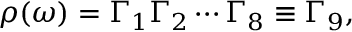
\rho ( \omega ) = \Gamma _ { 1 } \Gamma _ { 2 } \cdots \Gamma _ { 8 } \equiv \Gamma _ { 9 } ,